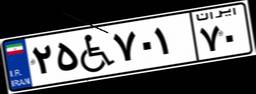
۲۵W۷۰۱۷۰